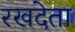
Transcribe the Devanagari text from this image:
रखदेता